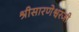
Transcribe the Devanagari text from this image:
श्रीसारणेश्वरजी